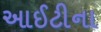
આઈટીના